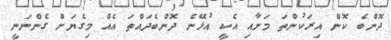
ދޮންބެ ކޮން އިރަކުންތަ މަށާއި އެކީ އުޅޭނެ ދޮންބެދައްތަ އެއް މިގެޔަށް ގެންނަނީ